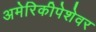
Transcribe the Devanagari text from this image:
अमेरिकीपेशेवर